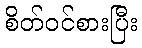
စိတ်ဝင်စားပြီး